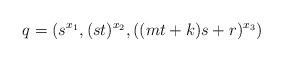
LaTeX: \begin{align*}q=(s^{x_1},(st)^{x_2},((mt+k)s+r)^{x_3}) \, \end{align*}